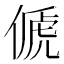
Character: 傂